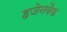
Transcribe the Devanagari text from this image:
हजेनवैक